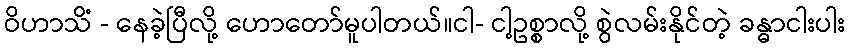
ဝိဟာသိံ - နေခဲ့ပြီလို့ ဟောတော်မူပါတယ်။ငါ- ငါ့ဥစ္စာလို့ စွဲလမ်းနိုင်တဲ့ ခန္ဓာငါးပါး